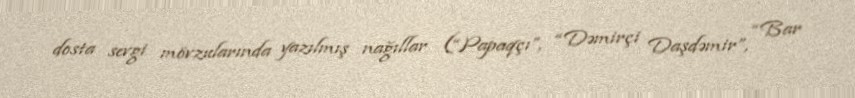
dosta sevgi mövzularında yazılmış nağıllar (“Papaqçı”, “Dəmirçi Daşdəmir”, “Bar